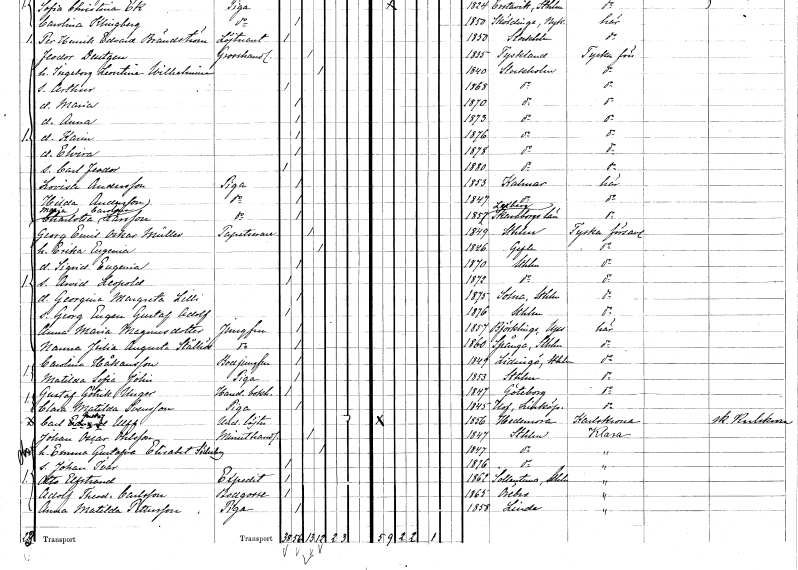
gt_parse: households: individuals: FN: Feodor
EN: Deutgen
YRKE: Grosshandlare
KON: M
CIV: G
FODAR: 1835
FN: Ingeborg Leontine Wilhelmina
KON: K
CIV: G
FODAR: 1840
FODFORS: Stockholm
FN: Arthur
KON: M
CIV: O
FODAR: 1868
FODFORS: Stockholm
FN: Maria
KON: K
CIV: O
FODAR: 1870
FODFORS: Stockholm
FN: Anna
KON: K
CIV: O
FODAR: 1873
FODFORS: Stockholm
FN: Karin
KON: K
CIV: O
FODAR: 1876
FODFORS: Stockholm
FN: Elvira
KON: K
CIV: O
FODAR: 1878
FODFORS: Stockholm
FN: Carl Johan
KON: M
CIV: O
FODAR: 1880
FODFORS: Stockholm
FN: Lovisa
EN: Andersson
YRKE: Piga
KON: K
CIV: O
FODAR: 1853
FODFORS: Kalmar Kalmar län
FN: Hilda
EN: Andersson
YRKE: Piga
KON: K
CIV: O
FODAR: 1847
FODFORS: Kalmar Kalmar län
FN: Maria Charlotta Carolina
EN: Larsson
YRKE: Piga
KON: K
CIV: O
FODAR: 1857
FODFORS: Leksberg Skaraborgs län
FN: Georg Emil Oskar
EN: Müller
YRKE: Tapetserare
KON: M
CIV: G
FODAR: 1849
FODFORS: Stockholm
FN: Erika Eugenia
KON: K
CIV: G
FODAR: 1846
FODFORS: Gävle Gävleborgs län
FN: Sigrid Eugenia
KON: K
CIV: O
FODAR: 1870
FODFORS: Stockholm
FN: Arvid Leopold
KON: M
CIV: O
FODAR: 1872
FODFORS: Stockholm
FN: Georgina Margreta Lilli
KON: K
CIV: O
FODAR: 1875
FODFORS: Solna Stockholms län
FN: Georg Eugen Gustaf Adolf
KON: M
CIV: O
FODAR: 1876
FODFORS: Stockholm
FN: Anna Maria
EN: Magnusdotter
YRKE: Jungfru
KON: K
CIV: O
FODAR: 1857
FODFORS: Björklinge Uppsala län
FN: Nanna Julia Augusta
EN: Stålhös
YRKE: Jungfru
KON: K
CIV: O
FODAR: 1860
FODFORS: Spånga Stockholms län
FN: Carolina
EN: Håkansson
YRKE: Bodjungfru
KON: K
CIV: O
FODAR: 1849
FODFORS: Lidingö Stockholms län
FN: Matilda Sofia
EN: Jolin
YRKE: Piga
KON: K
CIV: O
FODAR: 1853
FODFORS: Stockholm
FN: Gustaf Götrik
EN: Unger
YRKE: Handelsbiträde
KON: M
CIV: O
FODAR: 1847
FODFORS: Göteborg Göteborgs- och Bohuslän
FN: Clara Matilda
EN: Svensson
YRKE: Piga
KON: K
CIV: O
FODAR: 1845
FODFORS: Hov Östergötlands län
FN: Carl Edvard
EN: Ulff
YRKE: Underlöjtnant
KON: M
CIV: O
FODAR: 1856
FODFORS: Hedemora Kopparbergs län
FN: Johan Oscar
EN: Ohlsson
YRKE: Minuthandlare
KON: M
CIV: G
FODAR: 1847
FODFORS: Stockholm
FN: Emma Gustafva Elisabet
EN: Söderberg
KON: K
CIV: G
FODAR: 1847
FODFORS: Stockholm
FN: Johan Ivar
KON: M
CIV: O
FODAR: 1876
FODFORS: Stockholm
FN: Otto
EN: Elfstrand
YRKE: Expedit
KON: M
CIV: O
FODAR: 1862
FODFORS: Sollentuna Stockholms län
FN: Adolf Theodor
EN: Carlsson
YRKE: Bodgosse
KON: M
CIV: O
FODAR: 1865
FODFORS: Örebro Örebro län
FN: Anna Matilda
EN: Pettersson
YRKE: Piga
KON: K
CIV: O
FODAR: 1858
FODFORS: Linde Örebro län